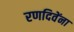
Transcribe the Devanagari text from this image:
रणदिवेंना